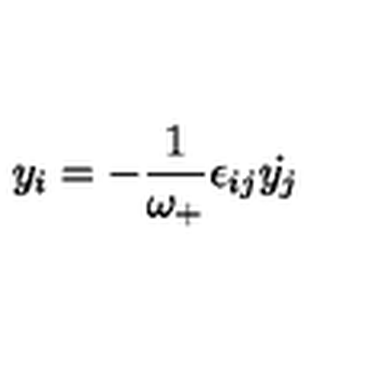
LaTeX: y _ { i } = - \frac { 1 } { \omega _ { + } } \epsilon _ { i j } { \dot { y _ { j } } }